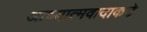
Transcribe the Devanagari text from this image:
आध्यात्मवादाकडे